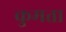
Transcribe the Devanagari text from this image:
कुमता